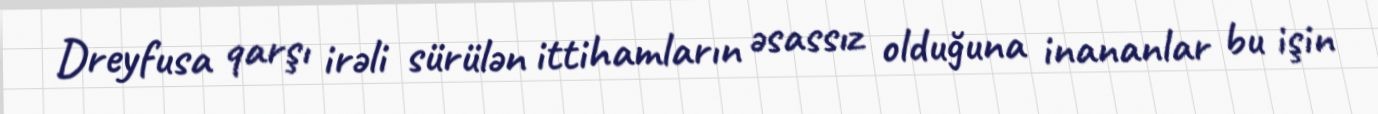
Dreyfusa qarşı irəli sürülən ittihamların əsassız olduğuna inananlar bu işin